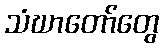
သံဃာတော်တွေ